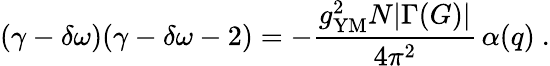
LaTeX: (\gamma-\delta\omega)(\gamma-\delta\omega-2)=-{\frac{g_{\mathrm{YM}}^{2}N|\Gamma(G)|}{4\pi^{2}}}\, \alpha(q)\ .